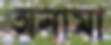
অনামা